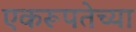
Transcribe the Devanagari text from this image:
एकरूपतेच्या